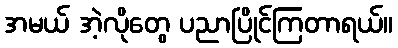
အမယ် အဲ့လိုတွေ ပညာပြိုင်ကြတာရယ်။